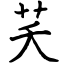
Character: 芺